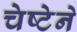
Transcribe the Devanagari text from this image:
चेष्टेने